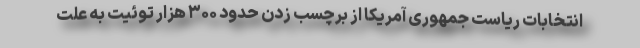
انتخابات ریاست جمهوری آمریکا از برچسب زدن حدود ۳۰۰ هزار توئیت به علت